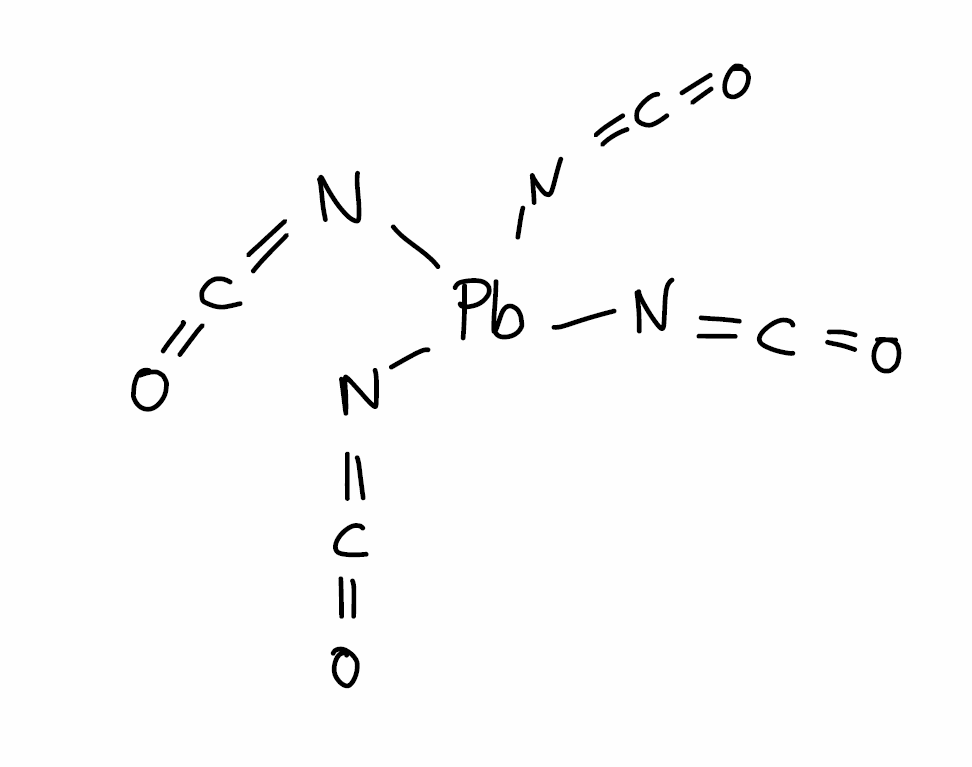
Simplified molecular-input line-entry system (SMILES) notation of the given molecule:
C(=N[Pb](N=C=O)(N=C=O)N=C=O)=O